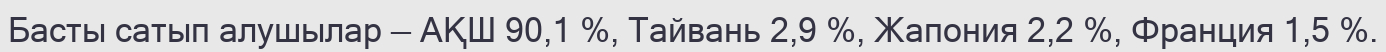
Басты сатып алушылар — АҚШ 90,1 %, Тайвань 2,9 %, Жапония 2,2 %, Франция 1,5 %.